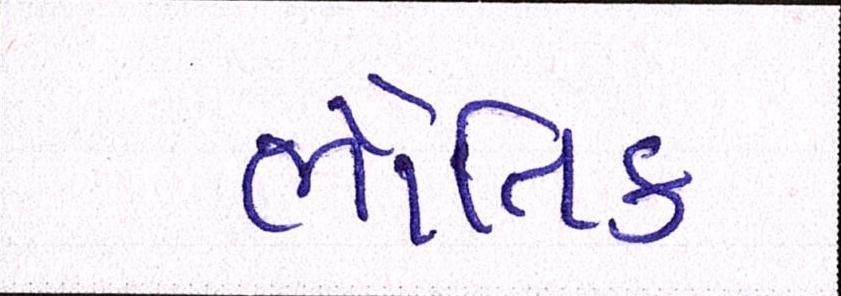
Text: ભૌતિક